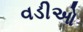
વડીઓ